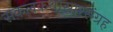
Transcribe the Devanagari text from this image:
सकलकथासारसंग्रह